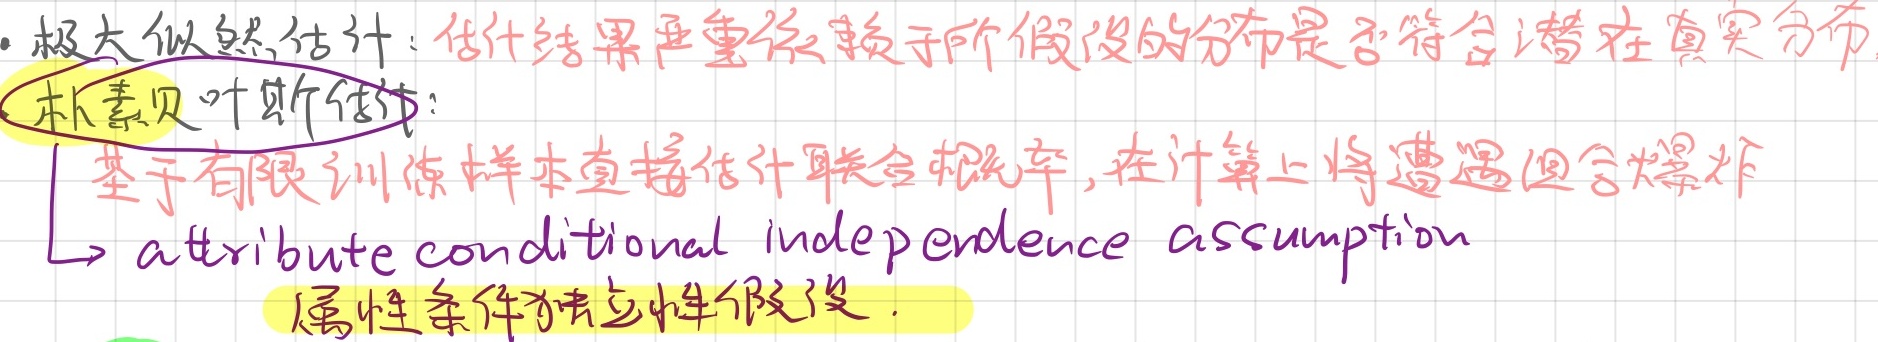
- 极大似然估计：估计结果严重依赖于所假设的分布是否符合潜在真实分布。
- 朴素贝叶斯估计：
    - 基于有限训练样本直接估计联合概率，在计算上将遭遇组合爆炸。
    - $\to$ attribute conditional independence assumption（属性条件独立性假设）